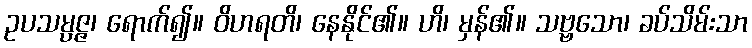
ဥပသမ္ပဇ္ဇ၊ ရောက်၍။ ဝိဟရတိ၊ နေနိုင်၏။ ဟိ၊ မှန်၏။ သဗ္ဗသော၊ ခပ်သိမ်းသာ